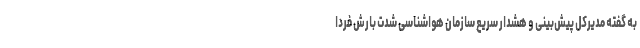
به گفته مدیرکل پیش‌بینی و هشدار سریع سازمان هواشناسی شدت بارش فردا